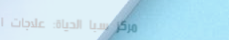
مركز سبا الحياة: علاجات ا